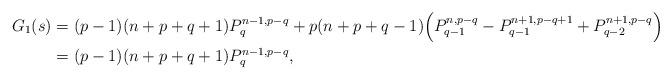
LaTeX: \begin{align*}G_1(s)&=(p-1)(n+p+q+1)P_q^{n-1,p-q}+p(n+p+q-1)\Big(P_{q-1}^{n,p-q}-P_{q-1}^{n+1,p-q+1}+P_{q-2}^{n+1,p-q}\Big)\\&=(p-1)(n+p+q+1)P_q^{n-1,p-q},\end{align*}